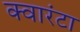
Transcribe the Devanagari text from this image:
क्वारंटा